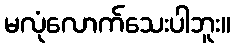
မလုံလောက်သေးပါဘူး။